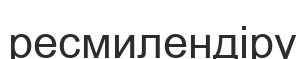
ресмилендіру